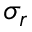
\sigma _ { r }